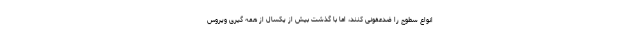
انواع سطوح را ضدعفونی کنند، اما با گذشت بیش از یکسال از همه گیری ویروس